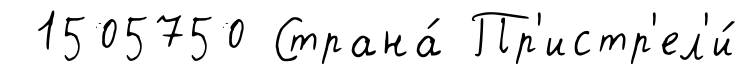
1505750 Страна́ Пр'истр'ел'и́